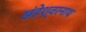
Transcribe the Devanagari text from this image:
खंडेश्वरनाथ